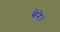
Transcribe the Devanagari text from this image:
बेरे।